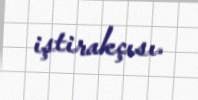
iştirakçısı.